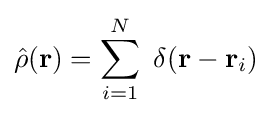
{\hat {\rho }}(\mathbf {r} )=\sum _{i=1}^{N}\ \delta (\mathbf {r} -\mathbf {r} _{i})